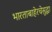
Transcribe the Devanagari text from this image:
भारताबाहेरचेसुद्धा